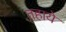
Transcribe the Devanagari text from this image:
तहाये